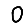
Digit: 0